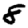
Digit: 8